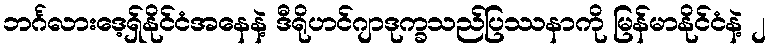
ဘင်္ဂလားဒေ့ရှ်နိုင်ငံအနေနဲ့ ဒီရိုဟင်ဂျာဒုက္ခသည်ပြဿနာကို မြန်မာနိုင်ငံနဲ့ ၂